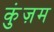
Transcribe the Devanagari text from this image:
कुंज़म